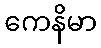
ကေနိမာ